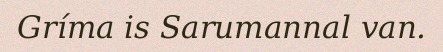
Gríma is Sarumannal van.